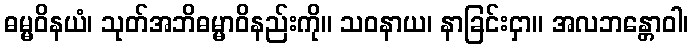
ဓမ္မဝိနယံ၊ သုတ်အဘိဓမ္မာဝိနည်းကို။ သဝနာယ၊ နာခြင်းငှာ။ အလဘန္တောဝါ၊